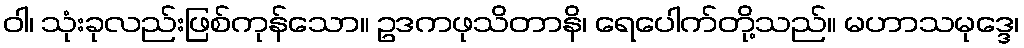
ဝါ၊ သုံးခုလည်းဖြစ်ကုန်သော။ ဥဒကဖုသိတာနိ၊ ရေပေါက်တို့သည်။ မဟာသမုဒ္ဒေ၊